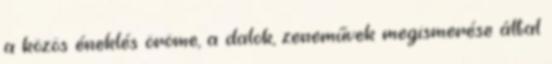
a közös éneklés öröme, a dalok, zeneművek megismerése által